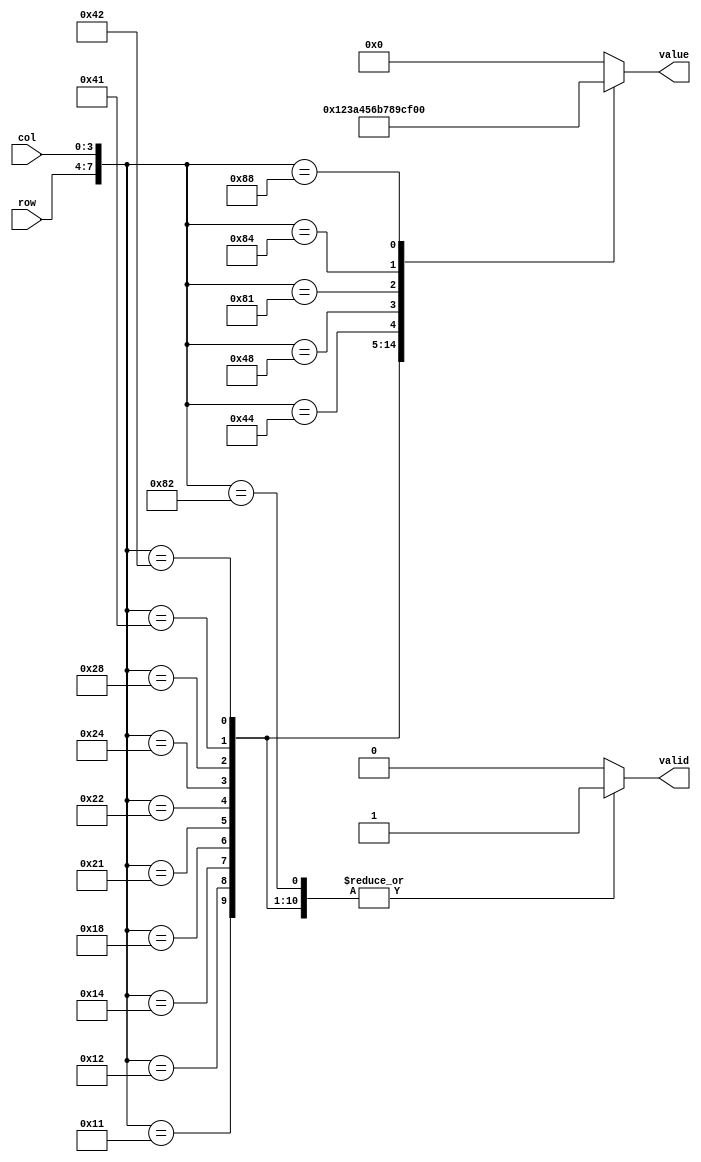
// Default Base 10 (Options: 10,16)
module keypad_decoder #(parameter BASE = 10) 
(
	input [3:0] row,
	input [3:0] col,
	output reg [3:0] value,
	output reg valid // Optional
);
	always @ (row, col)
		begin
			if (BASE == 10)
				begin
					// 1 2 3 A
					// 4 5 6 B
					// 7 8 9 C
					// E 0 F D
					case ({row, col})
							8'b0001_0001: begin value = 1; valid = 1; end  // 1
							8'b0001_0010: begin value = 2; valid = 1; end  // 2
							8'b0001_0100: begin value = 3; valid = 1; end  // 3
							8'b0001_1000: begin value = 10; valid = 1; end // A
							8'b0010_0001: begin value = 4; valid = 1; end  // 4
							8'b0010_0010: begin value = 5; valid = 1; end  // 5
							8'b0010_0100: begin value = 6; valid = 1; end  // 6
							8'b0010_1000: begin value = 11; valid = 1; end // B
							8'b0100_0001: begin value = 7; valid = 1; end  // 7
							8'b0100_0010: begin value = 8; valid = 1; end  // 8
							8'b0100_0100: begin value = 9; valid = 1; end  // 9
							8'b0100_1000: begin value = 12; valid = 1; end // C
							8'b1000_0001: begin value = 14; valid = 1; end // E
							8'b1000_0010: begin value = 0; valid = 1; end  // 0
							8'b1000_0100: begin value = 15; valid = 1; end // F
							8'b1000_1000: begin value = 13; valid = 1; end // D
							default: begin value = 0; valid = 0; end       // Misc
					endcase
				end
			else if (BASE == 16)
				begin
					// 0 1 2 3
					// 4 5 6 7
					// 8 9 A B
					// C D E F
					case ({row, col})
							8'b0001_0001: begin value = 0; valid = 1; end  // 0
							8'b0001_0010: begin value = 1; valid = 1; end  // 1
							8'b0001_0100: begin value = 2; valid = 1; end  // 2
							8'b0001_1000: begin value = 3; valid = 1; end  // 3
							8'b0010_0001: begin value = 4; valid = 1; end  // 4
							8'b0010_0010: begin value = 5; valid = 1; end  // 5
							8'b0010_0100: begin value = 6; valid = 1; end  // 6
							8'b0010_1000: begin value = 7; valid = 1; end  // 7
							8'b0100_0001: begin value = 8; valid = 1; end  // 8
							8'b0100_0010: begin value = 9; valid = 1; end  // 9
							8'b0100_0100: begin value = 10; valid = 1; end // A
							8'b0100_1000: begin value = 11; valid = 1; end // B
							8'b1000_0001: begin value = 12; valid = 1; end // C
							8'b1000_0010: begin value = 13; valid = 1; end // D
							8'b1000_0100: begin value = 14; valid = 1; end // E
							8'b1000_1000: begin value = 15; valid = 1; end // F
							default: begin value = 0; valid = 0; end       // Misc
					endcase
				end
			else
				begin
					value = 0; valid = 0; // Invalid Base
				end
		end
endmodule